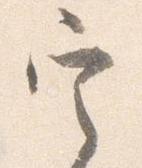
定